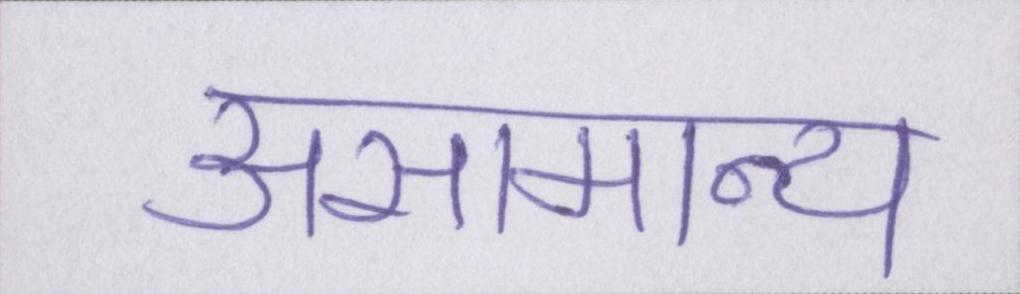
असामान्य